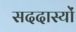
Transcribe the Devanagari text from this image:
सददास्यों